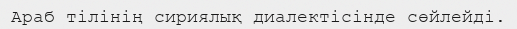
Араб тілінің сириялық диалектісінде сөйлейді.